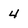
Character: 4